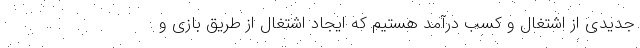
جدیدی از اشتغال و کسب درآمد هستیم که ایجاد اشتغال از طریق بازی و